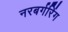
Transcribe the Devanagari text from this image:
नरबर्गरिंग